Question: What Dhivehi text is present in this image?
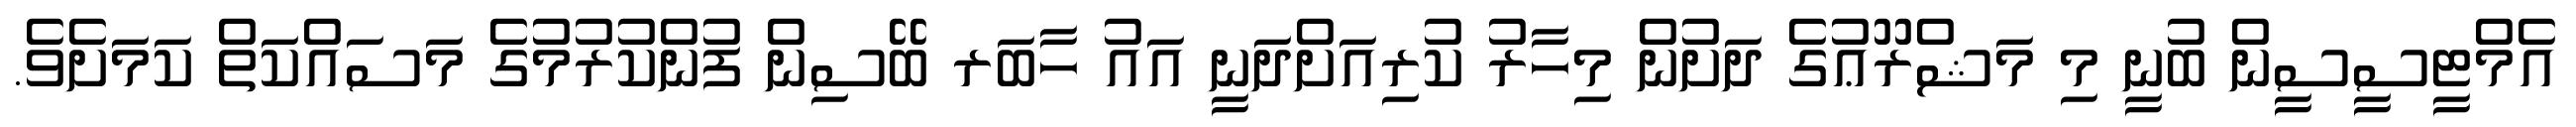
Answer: އެމްޓީސީސީން ބުނީ މި މަޝްރޫޢުގެ ދަށުން މިހާރު ކުރިއަށްދަނީ އައު ހާބަރ ބޭސިން ފުންކުރުމުގެ މަސައްކަތް ކަމަށެވެ.